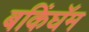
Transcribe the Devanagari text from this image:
बकिंघॅम